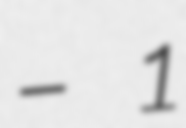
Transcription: – 1